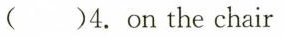
( )4.on the chair